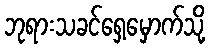
ဘုရားသခင်ရှေ့မှောက်သို့